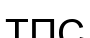
ТПС